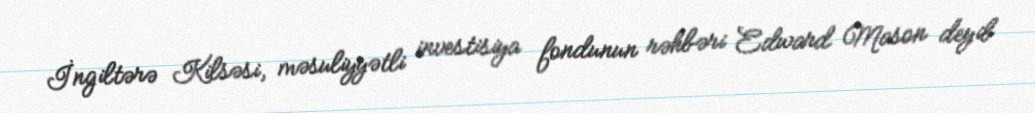
İngiltərə Kilsəsi, məsuliyyətli investisiya fondunun rəhbəri Edward Mason deyib